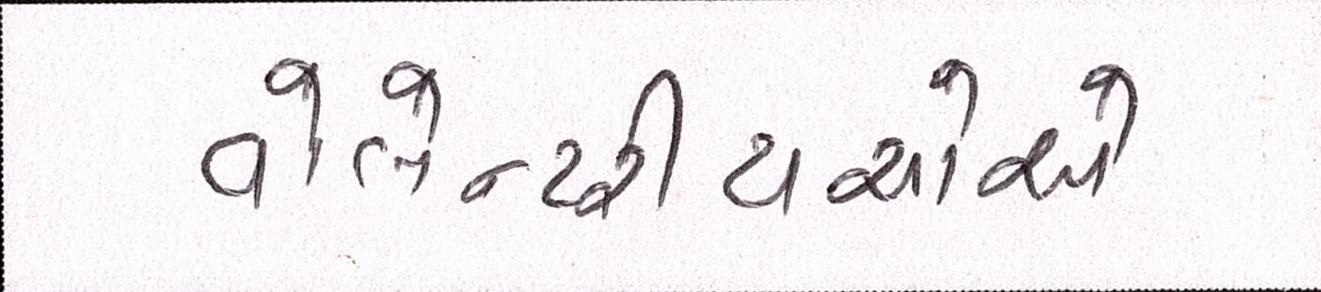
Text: વોલેન્ટરીયરોએ